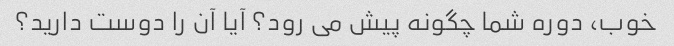
خوب، دوره شما چگونه پیش می رود؟ آیا آن را دوست دارید؟